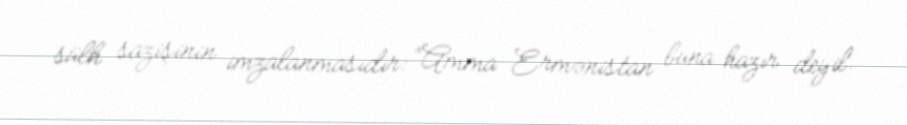
sülh sazişinin imzalanmasıdır: “Amma Ermənistan buna hazır deyil.